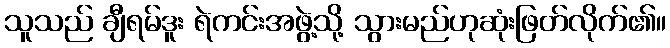
သူသည် ချီရမ်ဒူး ရဲကင်းအဖွဲ့သို့ သွားမည်ဟုဆုံးဖြတ်လိုက်၏။